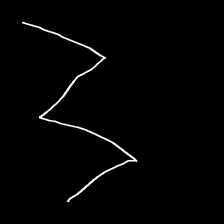
Glyph: crush